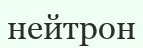
нейтрон